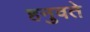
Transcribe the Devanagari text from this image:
हनुवते